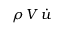
\rho \, V \, { \dot { u } }